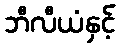
ဘီလီယံနှင့်